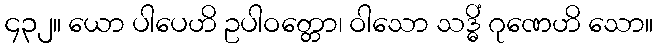
၄၃၂။ ယော ပါပေဟိ ဥပါဝတ္တော၊ ဝါသော သဒ္ဓိံ ဂုဏေဟိ သော။